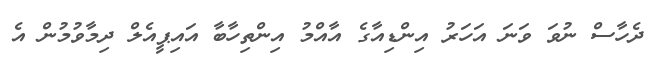
ދެހާސް ނުވަ ވަނަ އަހަރު އިންޑިއާގެ އާއްމު އިންތިހާބާ އައިޕީއެލް ދިމާވުމުން އެ